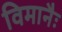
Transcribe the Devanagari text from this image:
विमानैः